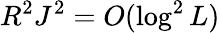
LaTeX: R^{2}J^{2}=O(\log^{2}L)